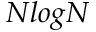
N l o g N